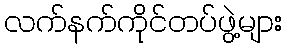
လက်နက်ကိုင်တပ်ဖွဲ့များ